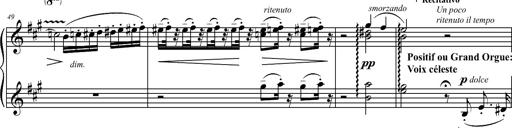
Title: 2 LÃ©gendes
Composer: Franz Liszt